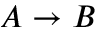
A \rightarrow B